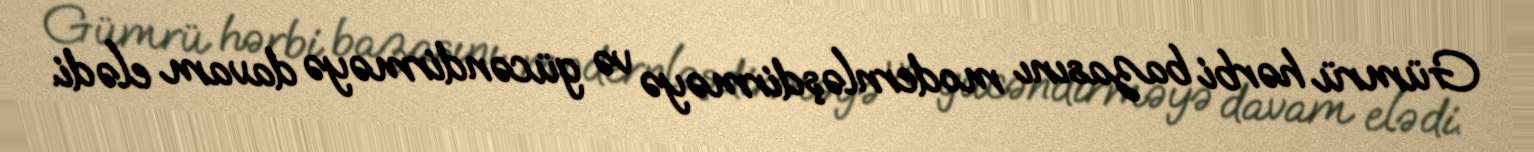
Gümrü hərbi bazasını modernləşdirməyə və gücəndirməyə davam elədi.